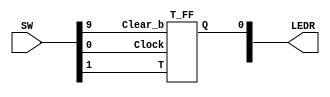
`timescale 1ns / 1ps
`default_nettype none

module top(SW, LEDR); 
	input[9:0]SW;
	output[9:0]LEDR;

	T_FF u0(SW[0], SW[9], SW[1], LEDR[0]);

endmodule

module T_FF(Clock, Clear_b, T, Q);
	input Clock, Clear_b, T;
	output reg Q;
	reg xoring;
	
	always @ (*)
	begin
		xoring = T ^ Q;
	end
	
	always@(posedge Clock)
	begin
		if(Clear_b == 1'b0) 
			Q <= 1'b0;
		else
			Q <= xoring;
	end
endmodule